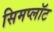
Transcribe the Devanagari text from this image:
सिमप्लॉट